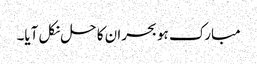
مبارک ہو بحران کا حل نکل آیا۔